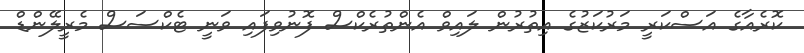
ކޮރެއާގެ އަސްކަރީ މަރުކަޒުގެ އިތުރުން ލައިވް އެންތުރެކްސް ފޮނުވިފައި ވަނީ ޓެކްސަސް މެރީލޭންޑް